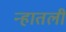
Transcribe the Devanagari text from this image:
न्हातली